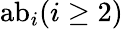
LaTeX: {\mathrm{ab}}_{i}(i\geq 2)